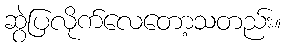
ဆွဲပြလိုက်လေတော့သတည်း။